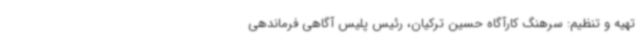
تهیه و تنظیم: سرهنگ کارآگاه حسین ترکیان، رئیس پلیس آگاهی فرماندهی